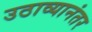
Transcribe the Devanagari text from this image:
उठाव्यानंतर